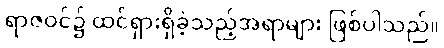
ရာဇဝင်၌ ထင်ရှားရှိခဲ့သည့်အရာများ ဖြစ်ပါသည်။